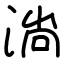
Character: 淌